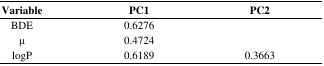
<table><thead><tr><td><b>Variable</b></td><td><b>PC1</b></td><td><b>PC2</b></td></tr></thead><tbody><tr><td>BDE</td><td>0.6276</td><td>[EMPTY_CELL]</td></tr><tr><td>μ</td><td>0.4724</td><td>[EMPTY_CELL]</td></tr><tr><td>logP</td><td>0.6189</td><td>0.3663</td></tr></tbody></table>